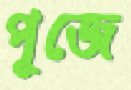
পূজে